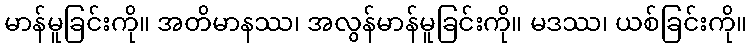
မာန်မူခြင်းကို။ အတိမာနဿ၊ အလွန်မာန်မူခြင်းကို။ မဒဿ၊ ယစ်ခြင်းကို။